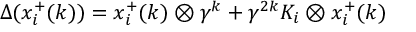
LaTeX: \Delta ( x _ { i } ^ { + } ( k ) ) = x _ { i } ^ { + } ( k ) \otimes \gamma ^ { k } + \gamma ^ { 2 k } K _ { i } \otimes x _ { i } ^ { + } ( k )